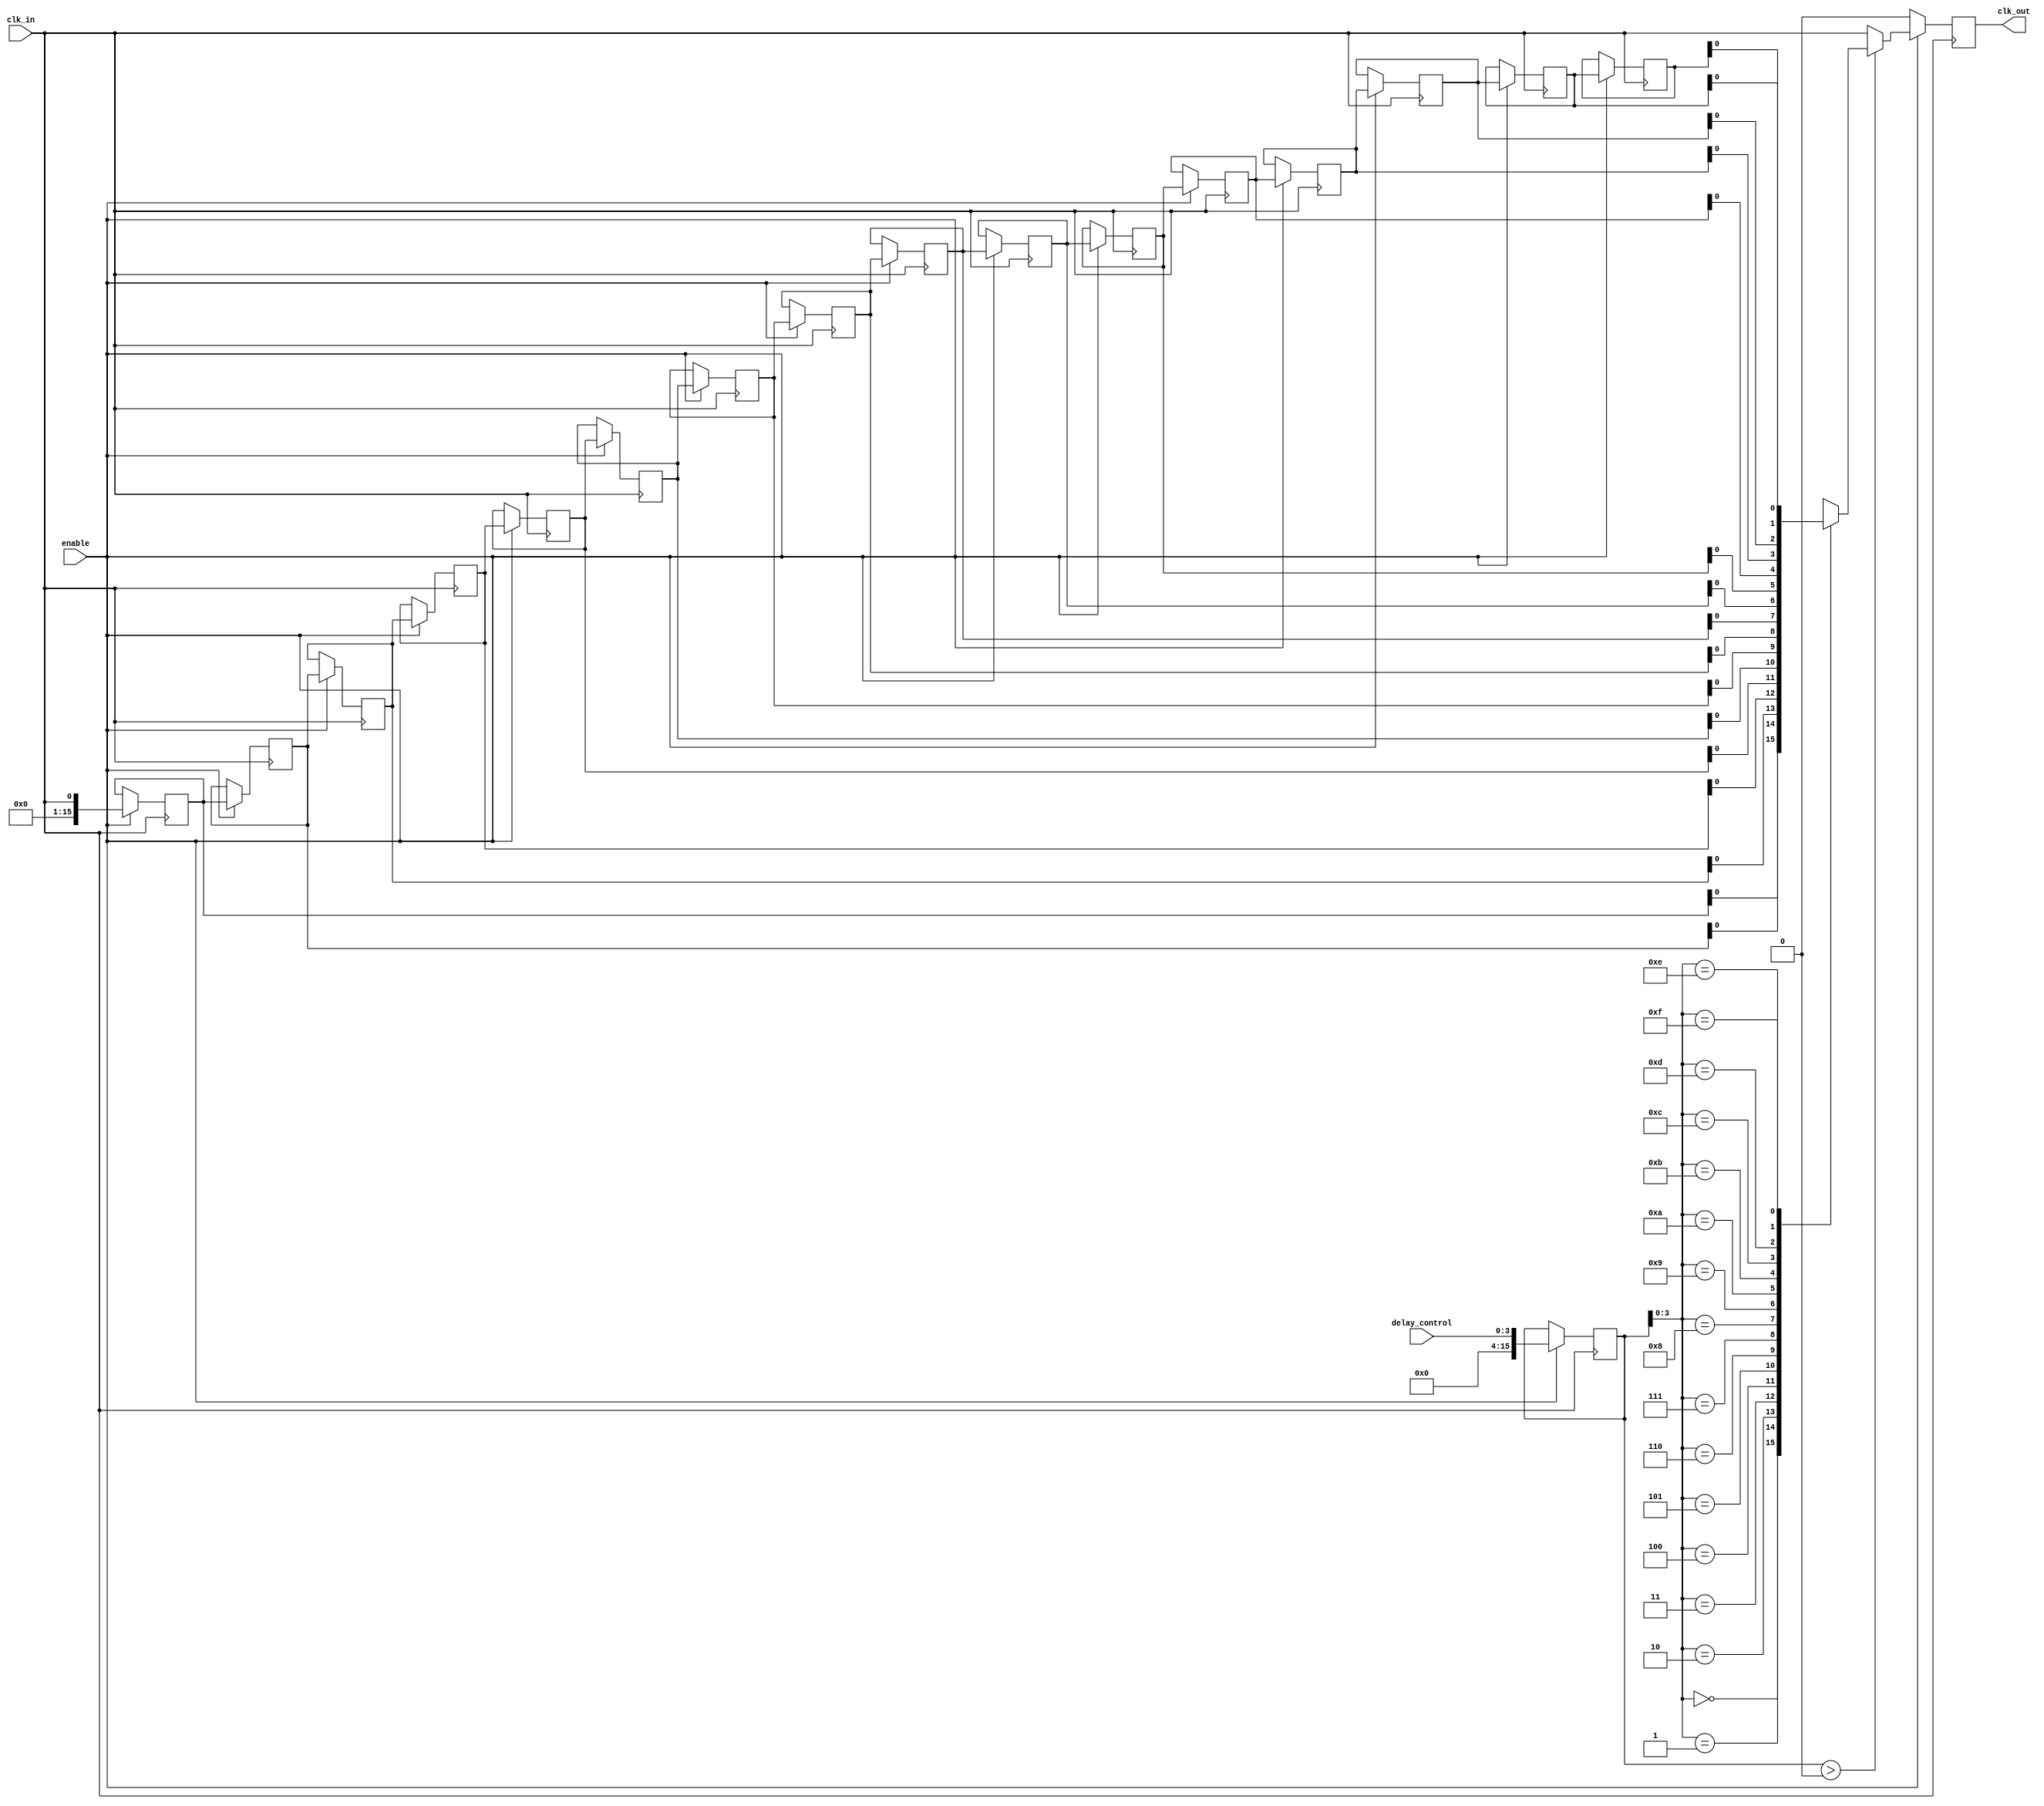
module delay_clock_buffer #(
    parameter DELAY_WIDTH = 4, // Width of the delay control signal
    parameter MAX_DELAY = 15    // Maximum delay in clock cycles
)(
    input wire clk_in,           // Input clock signal
    input wire enable,           // Enable signal
    input wire [DELAY_WIDTH-1:0] delay_control, // Control signal for delay
    output reg clk_out           // Delayed output clock signal
);

    // Internal signals
    reg [MAX_DELAY:0] delay_line [0:MAX_DELAY]; // Delay line array
    reg [MAX_DELAY:0] delay_counter;             // Counter for delay control
    integer i;

    // Initial block to initialize the delay line
    initial begin
        for (i = 0; i <= MAX_DELAY; i = i + 1) begin
            delay_line[i] = 1'b0; // Initialize delay line to 0
        end
        clk_out = 1'b0; // Initialize output clock to 0
    end

    // Process to handle clock input and delay logic
    always @(posedge clk_in) begin
        if (enable) begin
            // Shift the delay line
            for (i = MAX_DELAY; i > 0; i = i - 1) begin
                delay_line[i] <= delay_line[i-1];
            end
            // Load the first element with the current clock value
            delay_line[0] <= clk_in;

            // Update the delay counter based on control signal
            delay_counter <= delay_control;

            // Update the output clock based on the delay counter
            if (delay_counter > 0) begin
                clk_out <= delay_line[delay_counter];
            end else begin
                clk_out <= clk_in; // No delay
            end
        end else begin
            clk_out <= 1'b0; // When disabled, output is low
        end
    end

endmodule